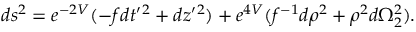
d s ^ { 2 } = e ^ { - 2 V } ( - f d t ^ { \prime } { } ^ { 2 } + d z ^ { \prime } { } ^ { 2 } ) + e ^ { 4 V } ( f ^ { - 1 } d \rho ^ { 2 } + \rho ^ { 2 } d \Omega _ { 2 } ^ { 2 } ) .